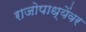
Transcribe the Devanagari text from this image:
राजोपाध्येंवर